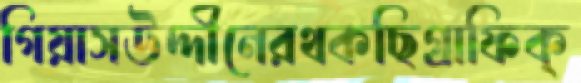
গিয়াসউদ্দীনেরথকছিগ্রাফিক্